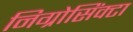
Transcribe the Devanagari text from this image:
निग्रोसिंक्टा